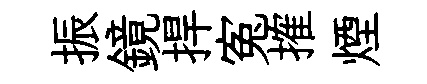
振鏡捍寃搉煙